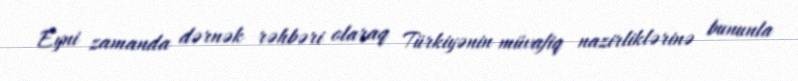
Eyni zamanda dərnək rəhbəri olaraq Türkiyənin müvafiq nazirliklərinə bununla